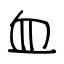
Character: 血